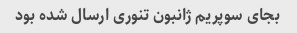
بجای سوپریم ژانبون تنوری ارسال شده بود